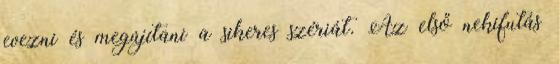
evezni és megújítani a sikeres szériát. Az első nekifutás